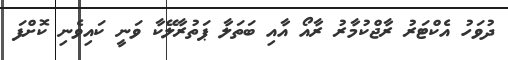
ދުވަހު އެކްޓަރު ރާޖްކުމާރު ރާއޯ އާއި ބަތަލާ ޕަތުރާލޭކާ ވަނީ ކައިވެނި ކޮށްފަ